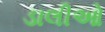
ડાલીઓ